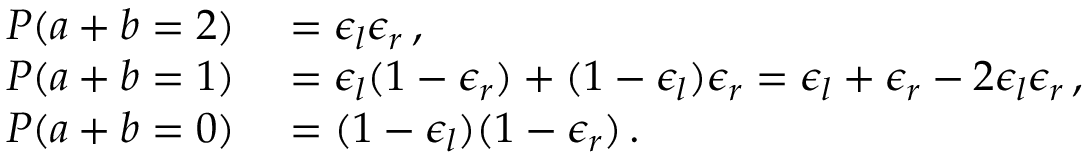
\begin{array} { r l } { P ( a + b = 2 ) } & { { } = \epsilon _ { l } \epsilon _ { r } \, , } \\ { P ( a + b = 1 ) } & { { } = \epsilon _ { l } ( 1 - \epsilon _ { r } ) + ( 1 - \epsilon _ { l } ) \epsilon _ { r } = \epsilon _ { l } + \epsilon _ { r } - 2 \epsilon _ { l } \epsilon _ { r } \, , } \\ { P ( a + b = 0 ) } & { { } = ( 1 - \epsilon _ { l } ) ( 1 - \epsilon _ { r } ) \, . } \end{array}